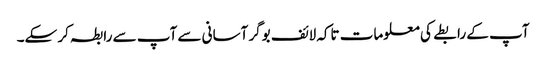
آپ کے رابطے کی معلومات تاکہ لائف بوگر آسانی سے آپ سے رابطہ کر سکے۔